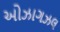
ઓઝાગઝલ